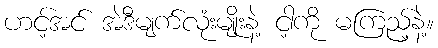
ဟင့်အင် အဲဒီမျက်လုံးမျိုးနဲ့ ငါ့ကို မကြည့်နဲ့။